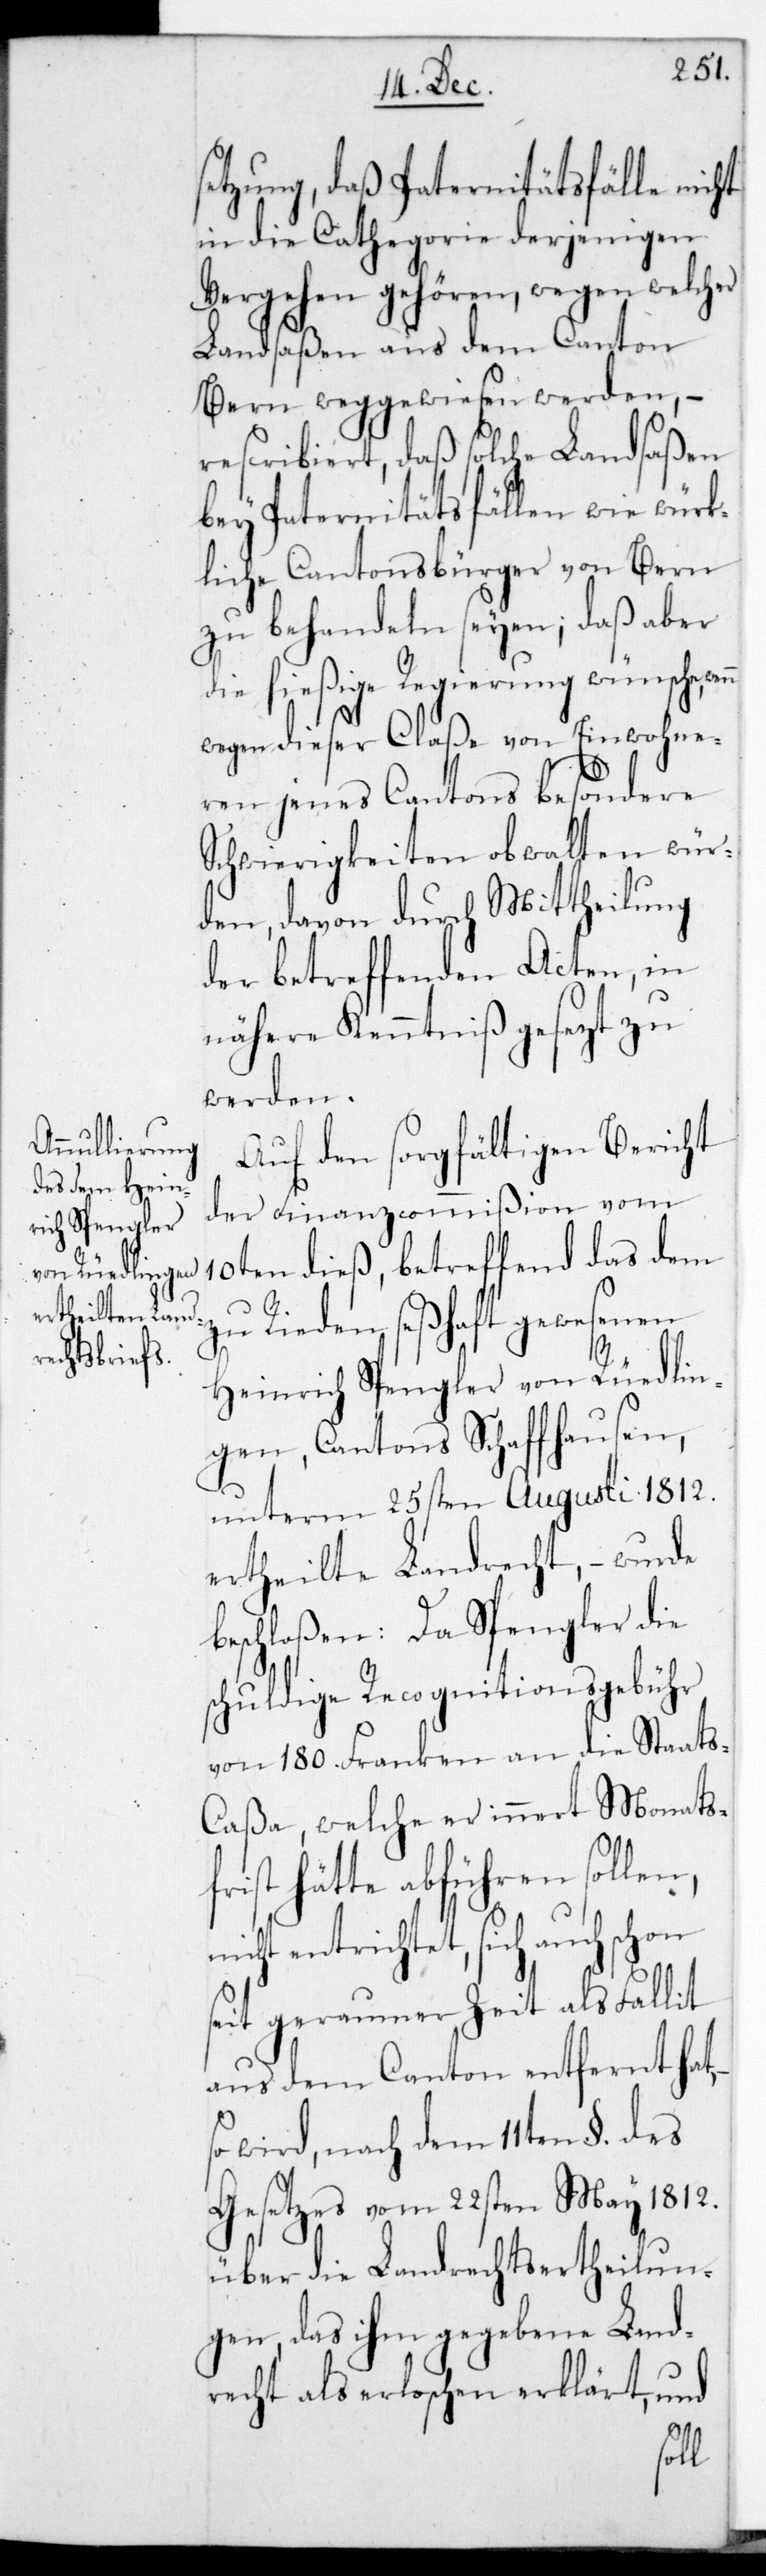
setzung, daß Paternitätsfälle nicht
in die Cathegorie derjenigen
Vergehen gehören, wegen welcher
Landsaßen aus dem Canton
Bern weggewiesen werden, –
rescribiert, daß solche Landsaßen
bey Paternitätsfällen wie würk¬
liche Cantonsbürger von Bern
zu behandeln seien; daß aber
die hießige Regierung wünsche,
wegen dieser Claße von Einwohne¬
ren jenes Cantons besondere
Schwierigkeiten obwalten wür¬
den, davon durch Mittheilung
der betreffenden Acten, in
nähere Kenntniß gesetzt zu
werden.
Auf den sorgfältigen Bericht
der Finanzcommißion vom
10ten dieß, betreffend das dem
zu Rieden seßhaft gewesenen
Heinrich Spengler von Rüdlin¬
gen, Cantons Schaffhausen,
unterm 25sten Augusti 1812.
ertheilte Landrecht, – wurde
beschloßen: Da Spengler die
schuldige Recognitionsgebühr
von 180. Franken an die Staat¬
s-Caßa, welche er innert Monatsf¬
rist hätte abführen sollen,
nicht entrichtet, sich auch schon s¬
eit geraumer Zeit als Fallit
aus dem Canton entfernt hat,
wird nach dem 11ten §.. des
Gesetzes vom 22sten May 1812.
über die Landrechtsertheilun¬
gen, das ihm gegebene Land¬
recht als erloschen erklärt, und